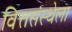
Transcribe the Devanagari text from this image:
वित्तसंस्थेला